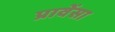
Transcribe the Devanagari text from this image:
प्रावेंसा